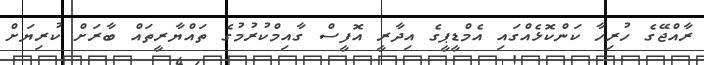
ރާއްޖޭގެ ހުރިހާ ކަންކޮޅެއްގައި އެމްޑީޕީގެ އިދާރީ އޮފީސް ގާއިމްކުރުމުގެ ތައްޔާރީތައް ބާރަށް ކުރިޔަށް